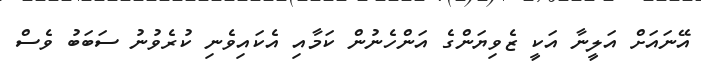
އޭނައަށް އަލީނާ އަކީ ޒެވިޔަންގެ އަންހެނުން ކަމާއި އެކައިވެނި ކުރެވުނު ސަބަބު ވެސް